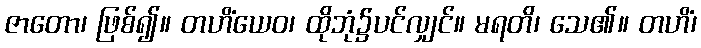
ဇာတော၊ ဖြစ်၍။ တဟိံယေဝ၊ ထိုဘုံ၌ပင်လျှင်။ မရတိ၊ သေ၏။ တဟိံ၊